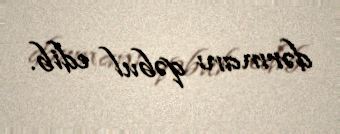
dərmanı qəbul edib.